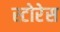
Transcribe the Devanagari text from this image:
स्टोरेस